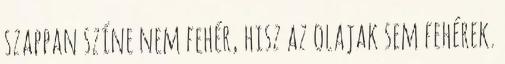
szappan színe nem fehér, hisz az olajak sem fehérek.